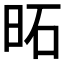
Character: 𪰒